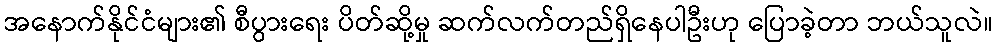
အနောက်နိုင်ငံများ၏ စီပွားရေး ပိတ်ဆို့မှု ဆက်လက်တည်ရှိနေပါဦးဟု ပြောခဲ့တာ ဘယ်သူလဲ။